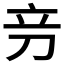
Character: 𰄦